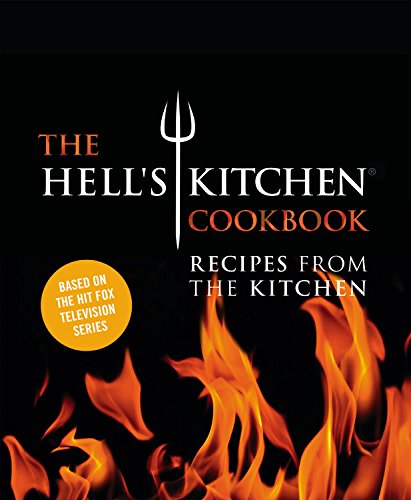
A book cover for The Hell's Kitchen Cookbook: Recipes from the Kitchen; The Chefs of Hell's Kitchen; Humor & Entertainment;